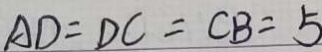
A D = D C = C B = 5